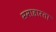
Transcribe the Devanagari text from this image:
समाहारता